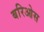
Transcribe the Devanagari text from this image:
बरिओस